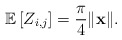
\begin{align*} \mathbb{E}\left[Z_{ i,j}\right] = \frac{\pi}{4} \|\mathbf{x}\|. \end{align*}